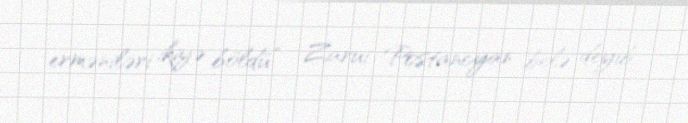
erməniləri ikiyə böldü” - Zarui Postancyan belə deyib.